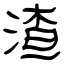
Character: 渣